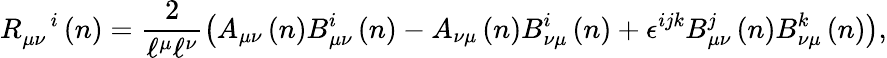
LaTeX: R_{\mu\nu}^{\quad i}\left(n\right)=\frac{2}{\mathcal{\ell}^{\mu}\mathcal{\ell}^{\nu}}\left(A_{\mu\nu}\left(n\right)B_{\mu\nu}^{i}\left(n\right)-A_{\nu\mu}\left(n\right)B_{\nu\mu}^{i}\left(n\right)+\epsilon^{ijk}B_{\mu\nu}^{j}\left(n\right)B_{\nu\mu}^{k}\left(n\right)\right),